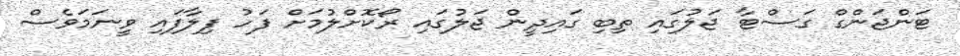
ޓަންޖަންގް ގަސްޓާ ޖަލުގައި ތިބި ގައިދީން ޖަލުގައި ރޯކޮށްލުމަށް ފަހު ފިލާފައި ވީނަމަވެސް